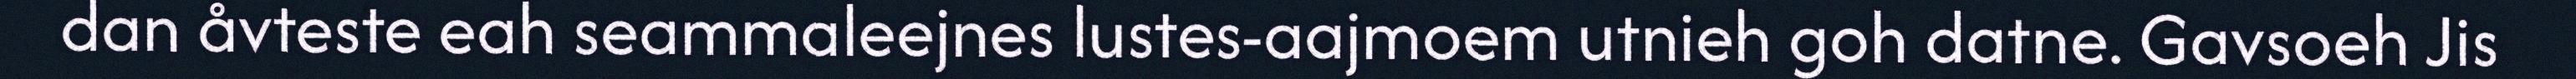
dan åvteste eah seammaleejnes lustes-aajmoem utnieh goh datne. Gavsoeh Jis